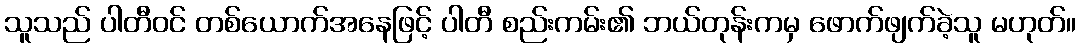
သူသည် ပါတီဝင် တစ်ယောက်အနေဖြင့် ပါတီ စည်းကမ်း၏ ဘယ်တုန်းကမှ ဖောက်ဖျက်ခဲ့သူ မဟုတ်။